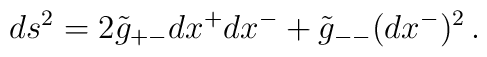
ds^2=2\tilde g_{+-}dx^+dx^-+\tilde g_{--}(dx^-)^2\,.